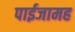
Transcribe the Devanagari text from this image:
पाईजामह